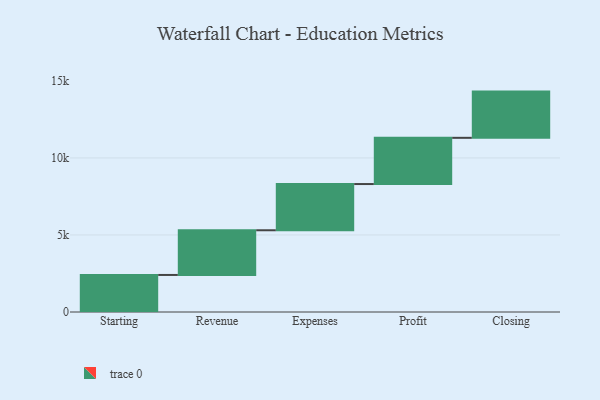
{"axis": {"x": "Step", "y": "Value"}, "legend": [""], "data": [{"x": "Starting", "y": 2404.0, "type": ""}, {"x": "Revenue", "y": 2901.0, "type": ""}, {"x": "Expenses", "y": 3000, "type": ""}, {"x": "Profit", "y": 3000, "type": ""}, {"x": "Closing", "y": 3000, "type": ""}]}